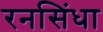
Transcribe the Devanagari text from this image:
रनसिंधा